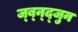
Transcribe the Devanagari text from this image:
ज्ब्न्द्जुन